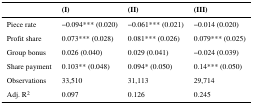
|  | (I) | (II) | (III) |
 | --- | --- | --- | --- |
 | Piece rate | −0.094*** (0.020) | −0.061*** (0.021) | −0.014 (0.020) |
 | Profit share | 0.073*** (0.028) | 0.081*** (0.026) | 0.079*** (0.025) |
 | Group bonus | 0.026 (0.040) | 0.029 (0.041) | −0.024 (0.039) |
 | Share payment | 0.103** (0.048) | 0.094* (0.050) | 0.14*** (0.050) |
 | Observations | 33,510 | 31,113 | 29,714 |
 | Adj. R2 | 0.097 | 0.126 | 0.245 |